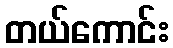
တယ်ကောင်း